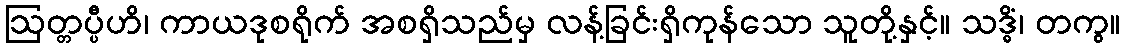
ဩတ္တပ္ပီဟိ၊ ကာယဒုစရိုက် အစရှိသည်မှ လန့်ခြင်းရှိကုန်သော သူတို့နှင့်။ သဒ္ဓိံ၊ တကွ။